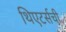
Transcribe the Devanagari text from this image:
थिएटर्सची